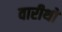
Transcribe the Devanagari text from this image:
वारीथो